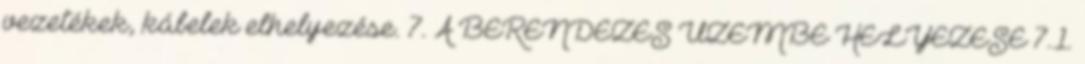
vezetékek, kábelek elhelyezése. 7. A BERENDEZÉS ÜZEMBE HELYEZÉSE 7.1.